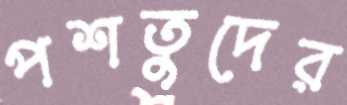
পশতুদের